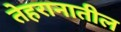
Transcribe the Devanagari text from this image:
तेहरानातील